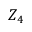
Z _ { 4 }